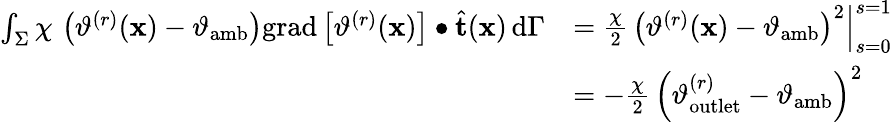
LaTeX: \begin{array}{rl}{\int_{\Sigma}\chi\, \left(\vartheta^{(r)}(\mathbf{x})-\vartheta_{\mathrm{amb}}\right)\mathrm{grad}\left[\vartheta^{(r)}(\mathbf{x})\right]\bullet\widehat{\mathbf{t}}(\mathbf{x})\, \mathrm{d}\Gamma}&{=\frac{\chi}{2}\, \left(\vartheta^{(r)}(\mathbf{x})-\vartheta_{\mathrm{amb}}\right)^{2}\Big|_{s=0}^{s=1}}\\ &{=-\frac{\chi}{2}\, \left(\vartheta_{\mathrm{outlet}}^{(r)}-\vartheta_{\mathrm{amb}}\right)^{2}}\end{array}